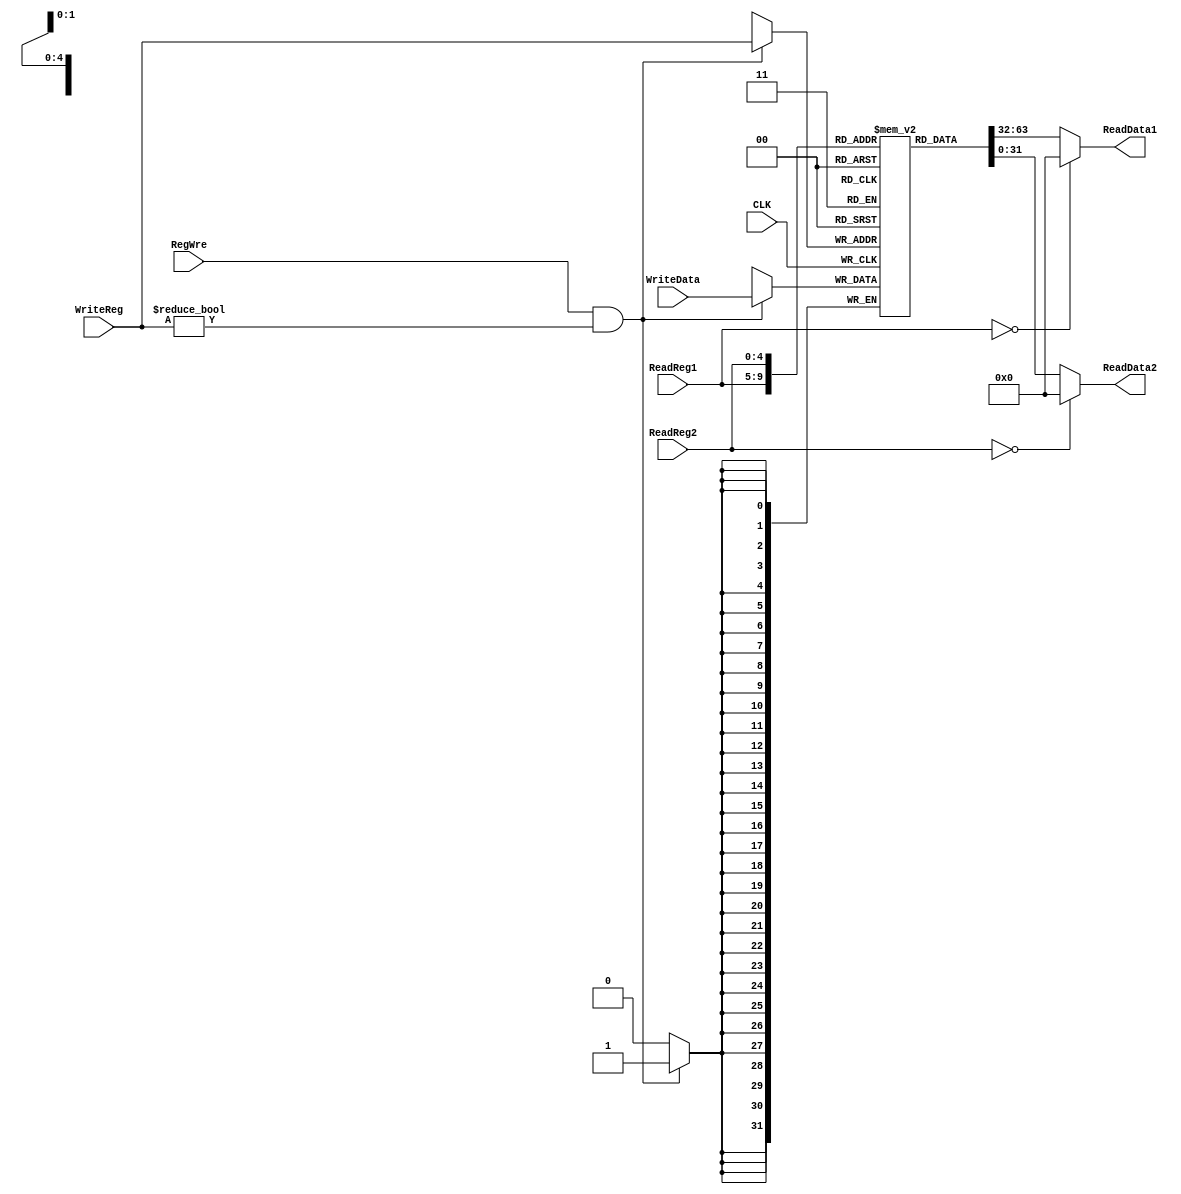
`timescale 1ns / 1ps
//////////////////////////////////////////////////////////////////////////////////
// Company: 
// Engineer: 
// 
// Design Name: 
// Module Name: RegFile
// Project Name: 
// Target Devices: 
// Tool Versions: 
// Description: 
// 
// Dependencies: 
// 
// Revision:
// Revision 0.01 - File Created
// Additional Comments:
// 
//////////////////////////////////////////////////////////////////////////////////


module RegFile(
    input CLK,
    input RegWre,
    input [4:0] ReadReg1,
    input [4:0] ReadReg2,
    input [4:0] WriteReg,
    input [31:0] WriteData,
    output [31:0] ReadData1,
    output [31:0] ReadData2
    );
    
    reg [31:0] regFile[1:31];
    assign ReadData1 = (ReadReg1 == 0) ? 0 : regFile[ReadReg1];
    assign ReadData2 = (ReadReg2 == 0) ? 0 : regFile[ReadReg2];
    
    always@(negedge CLK) 
    begin
        if(RegWre==1 && WriteReg != 0)begin
            regFile[WriteReg]<=WriteData;
            $display("WriteReg-%h: %h", WriteReg, WriteData);
        end
    end
endmodule